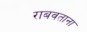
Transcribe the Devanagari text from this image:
राबवताना